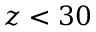
z < 3 0